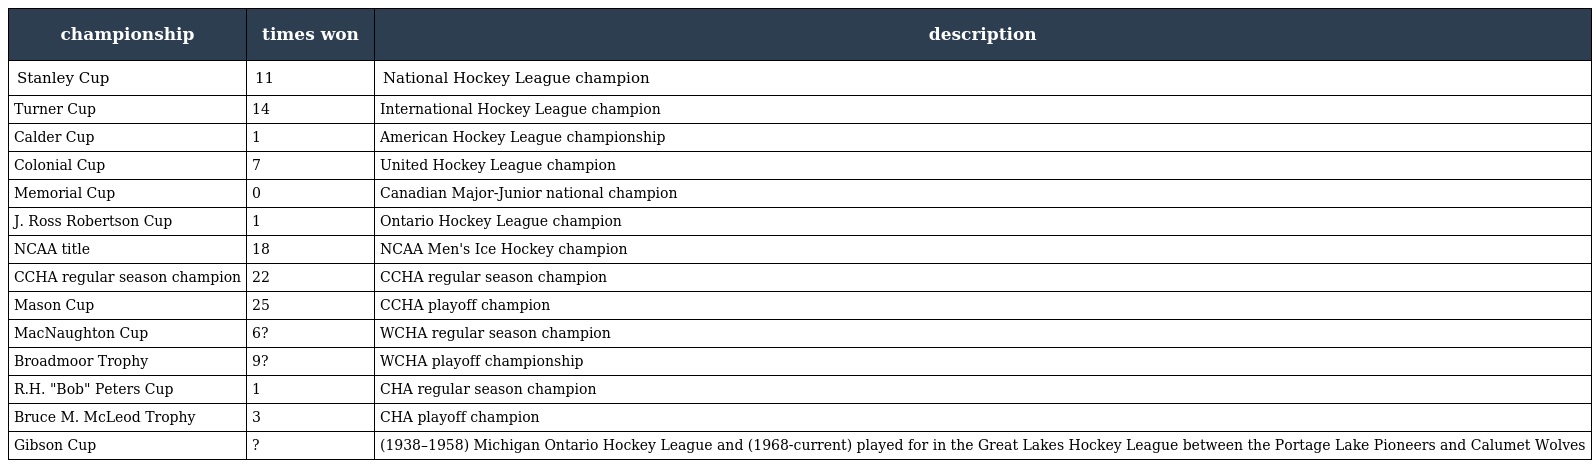
| championship | times won | description |
 | --- | --- | --- |
 | Stanley Cup | 11 | National Hockey League champion |
 | Turner Cup | 14 | International Hockey League champion |
 | Calder Cup | 1 | American Hockey League championship |
 | Colonial Cup | 7 | United Hockey League champion |
 | Memorial Cup | 0 | Canadian Major-Junior national champion |
 | J. Ross Robertson Cup | 1 | Ontario Hockey League champion |
 | NCAA title | 18 | NCAA Men's Ice Hockey champion |
 | CCHA regular season champion | 22 | CCHA regular season champion |
 | Mason Cup | 25 | CCHA playoff champion |
 | MacNaughton Cup | 6? | WCHA regular season champion |
 | Broadmoor Trophy | 9? | WCHA playoff championship |
 | R.H. "Bob" Peters Cup | 1 | CHA regular season champion |
 | Bruce M. McLeod Trophy | 3 | CHA playoff champion |
 | Gibson Cup | ? | (1938–1958) Michigan Ontario Hockey League and (1968-current) played for in the Great Lakes Hockey League between the Portage Lake Pioneers and Calumet Wolves |